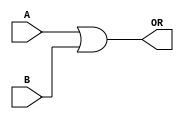
module or_gate(input [15:0] A,input [15:0] B, output [15:0] OR);
    assign OR = A|B;
endmodule